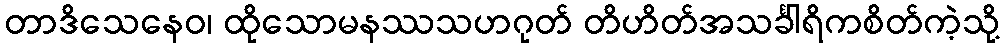
တာဒိသေနေဝ၊ ထိုသောမနဿသဟဂုတ် တိဟိတ်အသင်္ခါရိကစိတ်ကဲ့သို့